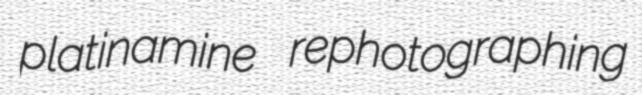
platinamine rephotographing